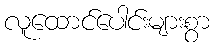
လူထောင်ပေါင်းများစွာ